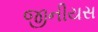
જીનીયસ